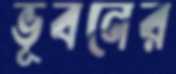
ভূবনের